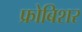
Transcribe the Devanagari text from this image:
फ्रोबिशर